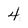
Character: 4